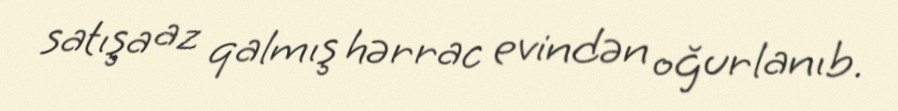
satışa az qalmış hərrac evindən oğurlanıb.